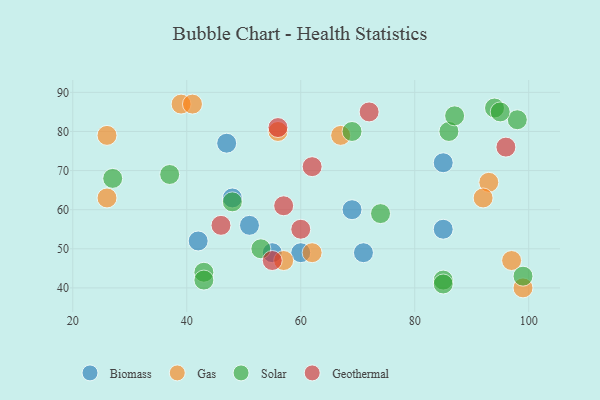
{"axis": {"x": "GDP", "y": "Life Expectancy"}, "legend": ["Biomass", "Gas", "Geothermal", "Solar"], "data": [{"x": "42", "y": 52, "type": "Biomass"}, {"x": "51", "y": 56, "type": "Biomass"}, {"x": "69", "y": 60, "type": "Biomass"}, {"x": "60", "y": 49, "type": "Biomass"}, {"x": "71", "y": 49, "type": "Biomass"}, {"x": "48", "y": 63, "type": "Biomass"}, {"x": "47", "y": 77, "type": "Biomass"}, {"x": "85", "y": 55, "type": "Biomass"}, {"x": "85", "y": 72, "type": "Biomass"}, {"x": "55", "y": 49, "type": "Biomass"}, {"x": "99", "y": 40, "type": "Gas"}, {"x": "93", "y": 67, "type": "Gas"}, {"x": "62", "y": 49, "type": "Gas"}, {"x": "57", "y": 47, "type": "Gas"}, {"x": "92", "y": 63, "type": "Gas"}, {"x": "39", "y": 87, "type": "Gas"}, {"x": "26", "y": 79, "type": "Gas"}, {"x": "56", "y": 80, "type": "Gas"}, {"x": "26", "y": 63, "type": "Gas"}, {"x": "67", "y": 79, "type": "Gas"}, {"x": "97", "y": 47, "type": "Gas"}, {"x": "41", "y": 87, "type": "Gas"}, {"x": "85", "y": 42, "type": "Solar"}, {"x": "86", "y": 80, "type": "Solar"}, {"x": "87", "y": 84, "type": "Solar"}, {"x": "94", "y": 86, "type": "Solar"}, {"x": "85", "y": 41, "type": "Solar"}, {"x": "27", "y": 68, "type": "Solar"}, {"x": "74", "y": 59, "type": "Solar"}, {"x": "43", "y": 44, "type": "Solar"}, {"x": "48", "y": 62, "type": "Solar"}, {"x": "37", "y": 69, "type": "Solar"}, {"x": "43", "y": 42, "type": "Solar"}, {"x": "98", "y": 83, "type": "Solar"}, {"x": "69", "y": 80, "type": "Solar"}, {"x": "53", "y": 50, "type": "Solar"}, {"x": "95", "y": 85, "type": "Solar"}, {"x": "99", "y": 43, "type": "Solar"}, {"x": "56", "y": 81, "type": "Geothermal"}, {"x": "62", "y": 71, "type": "Geothermal"}, {"x": "60", "y": 55, "type": "Geothermal"}, {"x": "57", "y": 61, "type": "Geothermal"}, {"x": "96", "y": 76, "type": "Geothermal"}, {"x": "46", "y": 56, "type": "Geothermal"}, {"x": "72", "y": 85, "type": "Geothermal"}, {"x": "55", "y": 47, "type": "Geothermal"}]}